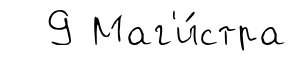
9 Маг'и́стра